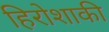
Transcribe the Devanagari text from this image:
हिरोशाकी